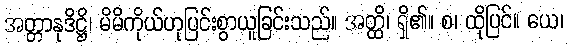
အတ္တာနုဒိဋ္ဌိ၊ မိမိကိုယ်ဟုပြင်းစွာယူခြင်းသည်။ အတ္ထိ၊ ရှိ၏။ စ၊ ထိုပြင်။ ယေ၊